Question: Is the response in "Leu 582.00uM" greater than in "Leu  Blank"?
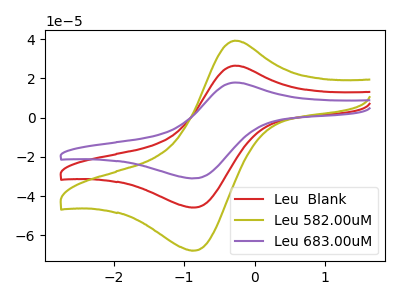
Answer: <think>The red curve "Leu  Blank" has an anodic peak at (-0.30V, 26.55uA) and a cathodic peak at (-0.85V, -45.80uA). The olive curve "Leu 582.00uM" has an anodic peak at (-0.30V, 39.25uA) and a cathodic peak at (-0.85V, -67.80uA). The purple curve "Leu 683.00uM" has an anodic peak at (-0.30V, 53.10uA) and a cathodic peak at (-0.85V, -91.60uA).
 All the peaks in "Leu 582.00uM" have a peak in "Leu  Blank" at the same potential. Every peak in "Leu 582.00uM" is higher than every peak in "Leu  Blank".</think>
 <answer>"Leu 582.00uM" has more signal than "Leu  Blank".</answer>
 <eval>more_signal</eval>